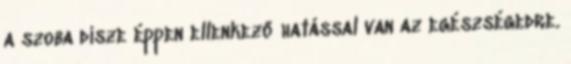
a szoba dísze éppen ellenkező hatással van az egészségedre.